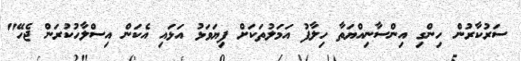
ސަރުކާރުން ހިންގި އިންސާނިއްޔަތާ ހިލާފު އަމަލުތަކަށް ފިޔަވަޅު އަޅައި އެކަން އިސްލާހުކުރަން ޖެހޭ"